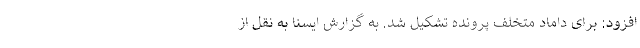
افزود: برای داماد متخلف پرونده تشکیل شد. به گزارش ایسنا به نقل از